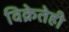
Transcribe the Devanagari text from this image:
विक्रेतेही